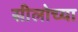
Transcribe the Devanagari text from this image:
सीलोच्या